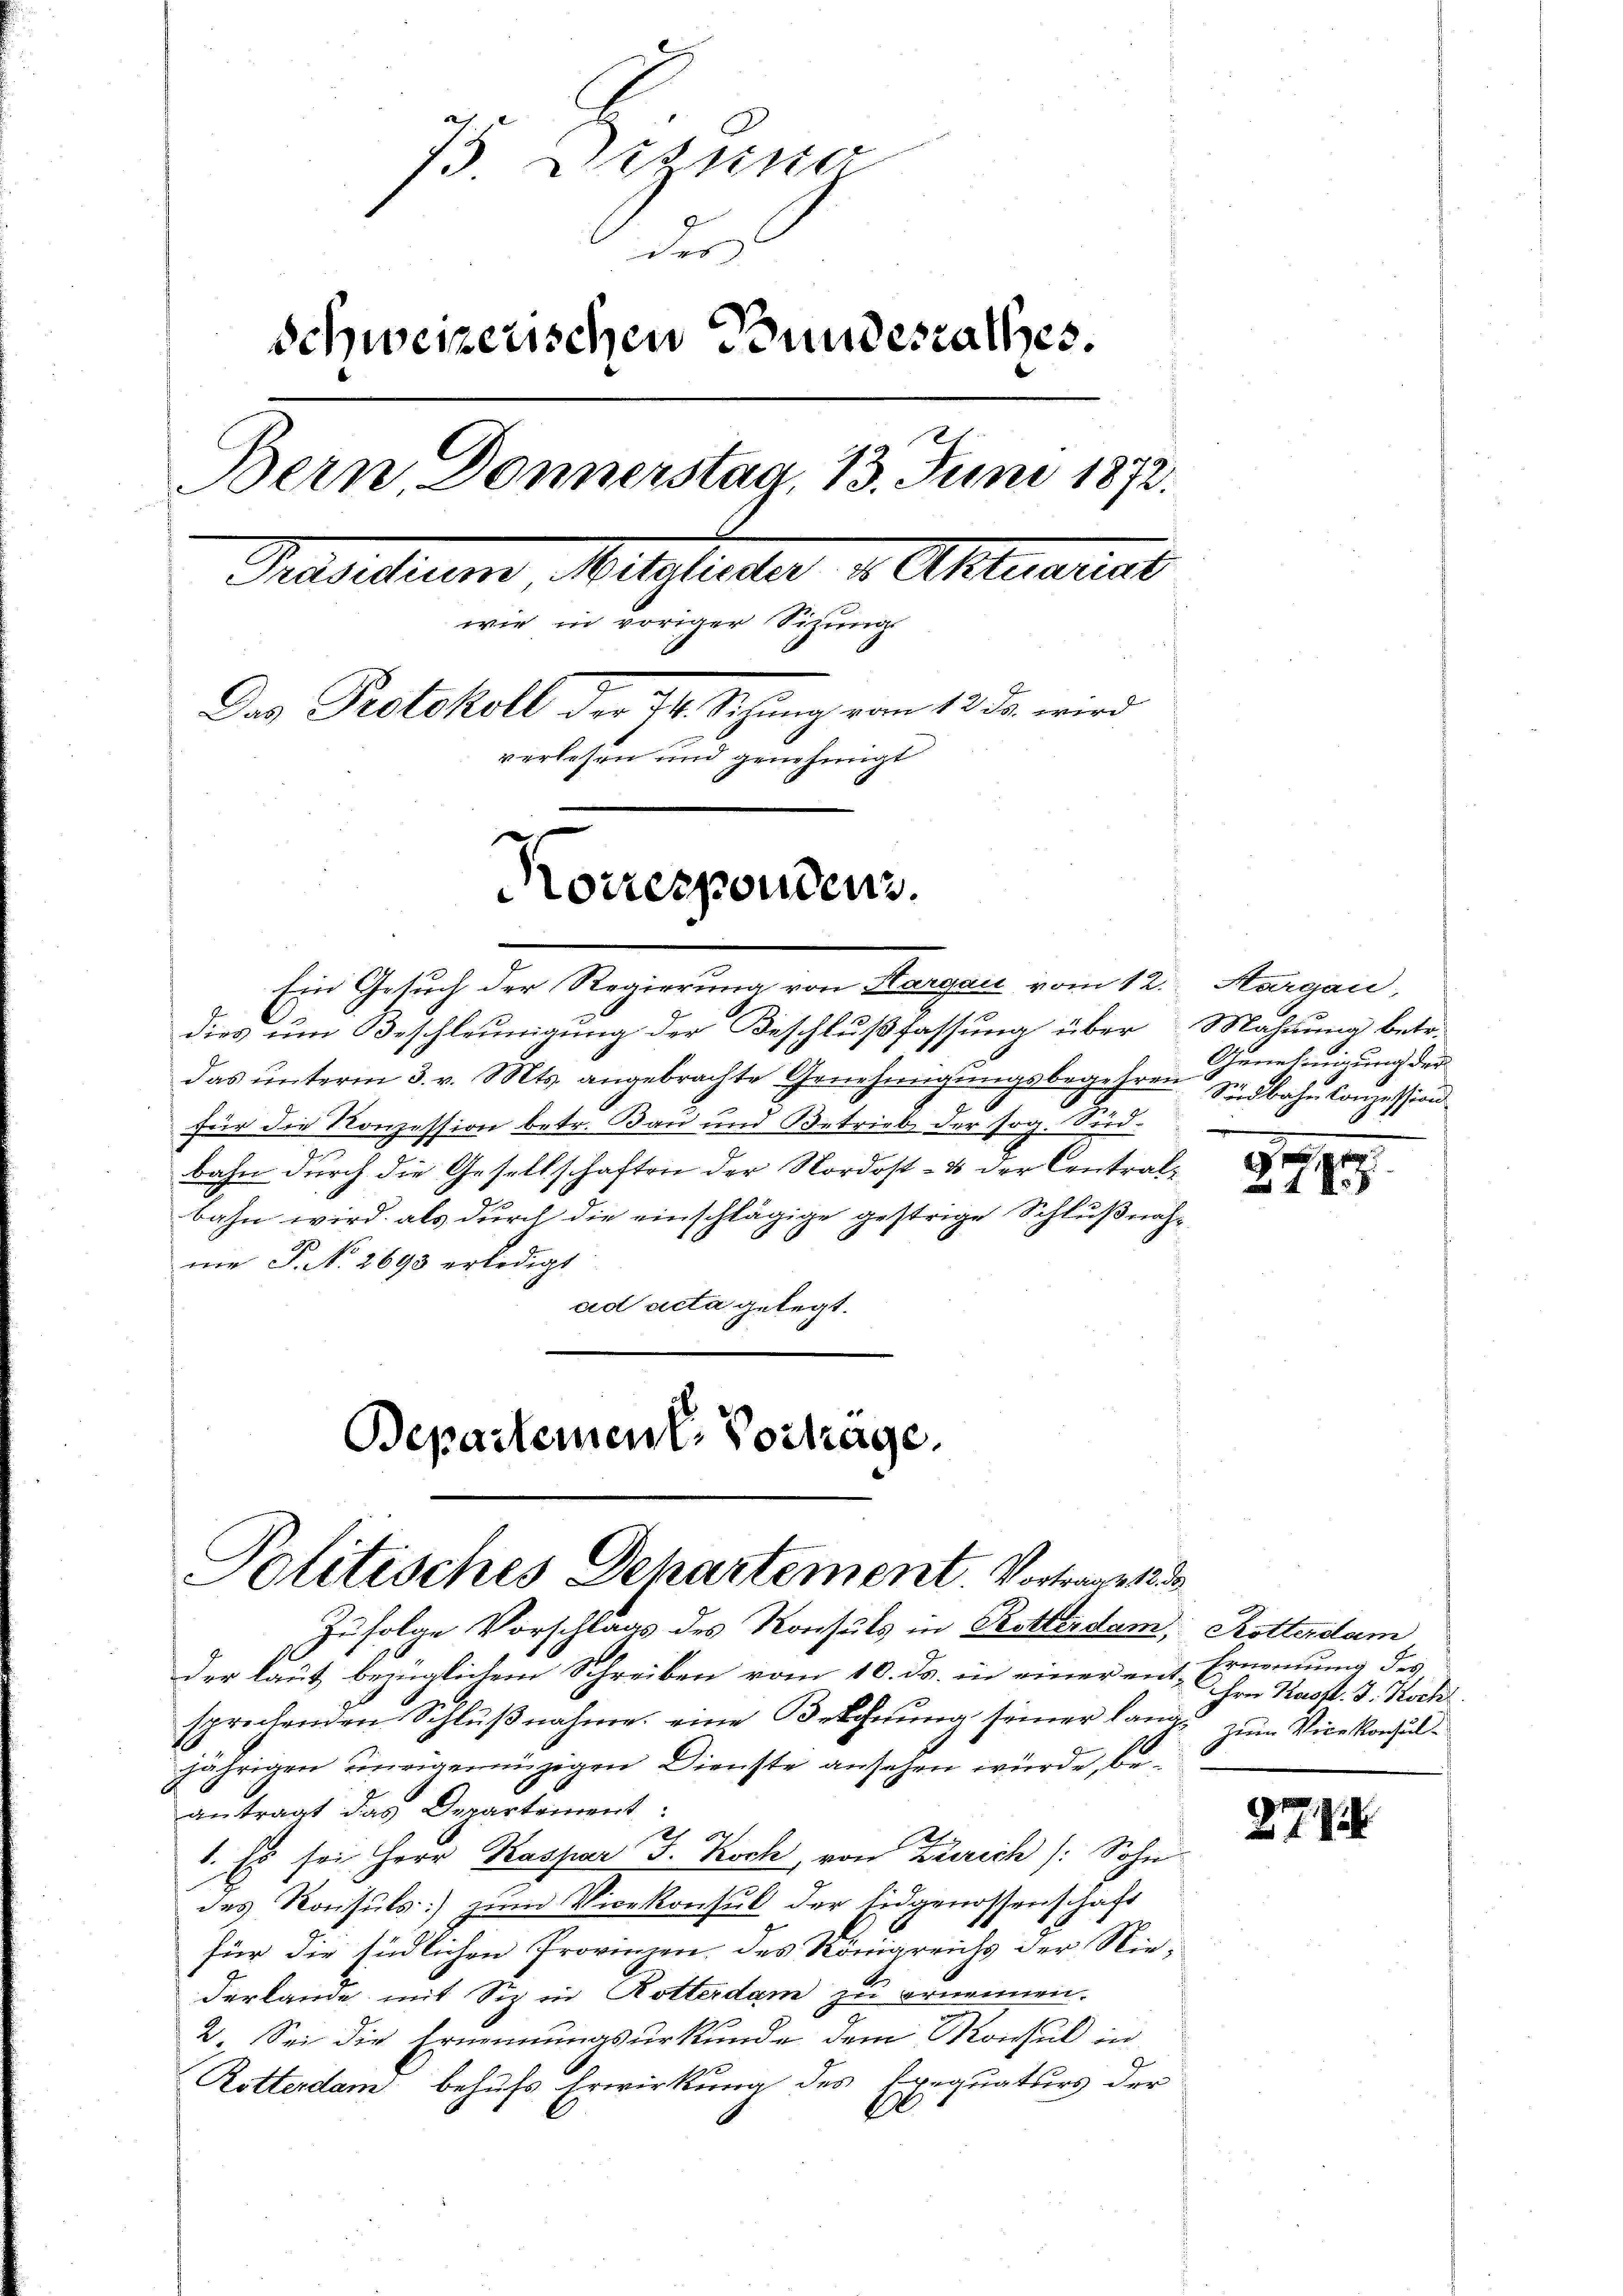
75 Distra
der
Schweizerischen Bundesrathes.
Bern, Donnerstag, 13. Juni 1872.
Prasilium Mitglieder v. Aktuariat
wie in voriger Sitzung
Das Protokoll der Jb. Sizung vom 12. ds. wird
verlesen und genehmigt
Norresponden.

Ein Gesuch der Regierung von Aargau vom 12. Margau,
dies um Beschleunigung der Beschlußfassung über Mahnung betr.
das ŭnterm 3. v. Mts. angebrachte Genehmigŭngsbegehren Südbahn Conzession
d
d
für die Konzession betr. Bau und Betrieb der sog. Seid-
bahn durch die Gesellschaften der Nordost- & der Contralbahn wird, als durch die einschlägige gestrige Schlußnah-
me P. No. 2693 erledigt
ad acta gelegt.

Departement. Vortrage.
Politisches Departement. Vortrage 123
Zufolge Vorschlags des Konsuls in Rotterdam, Rotterdam

der laut bezüglichem Schreiben vom 10. ds. in einer ent-Ernennung des
sprechenden Schlußnahme eine Beschnung seiner lange zum Vicekonsuljährigen uneigennüzigen Dienste ansehen würde, beantragt das Departement:
1. Es sei Herr Kaspar J. Koch, von Zürich /: Sohn
des Konsuls zum Vicekonsul der Eidgenossenschaft
für die südlichen Provinzen, des Königreichs der Niederlande mit Siz in Rotterdam zu ernennen.
2. Sei die Ernennungsurkunde dem Monsul in
Rötterdam behufs Erwirkung des Exequaturs der
de

Genehmigung der

18

ihre Kasst. J. Kochl

277